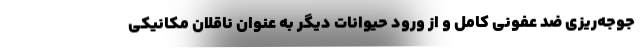
جوجه‌ریزی ضد عفونی کامل و از ورود حیوانات دیگر به عنوان ناقلان مکانیکی